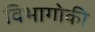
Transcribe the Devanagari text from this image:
विभागोकी